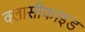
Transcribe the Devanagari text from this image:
क्लासीफाइड